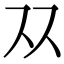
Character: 𬽡